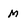
Character: M